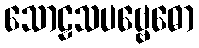
သောဠသပဗ္ဗေဓော